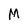
Character: M